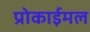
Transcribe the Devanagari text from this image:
प्रोकाईमल